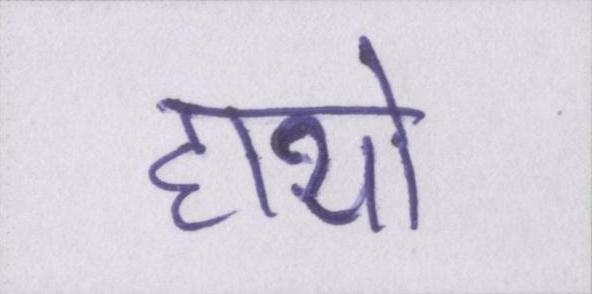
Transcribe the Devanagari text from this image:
हाथो